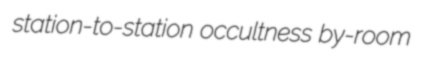
station-to-station occultness by-room